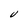
Character: U